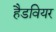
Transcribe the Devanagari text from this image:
हैडवियर